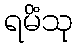
ရမိံသု